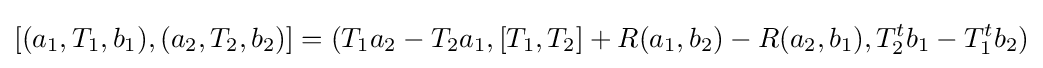
\displaystyle {[(a_{1},T_{1},b_{1}),(a_{2},T_{2},b_{2})]=(T_{1}a_{2}-T_{2}a_{1},[T_{1},T_{2}]+R(a_{1},b_{2})-R(a_{2},b_{1}),T_{2}^{t}b_{1}-T_{1}^{t}b_{2})}